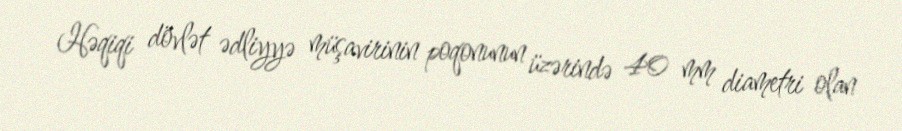
Həqiqi dövlət ədliyyə müşavirinin poqonunun üzərində 40 mm diametri olan